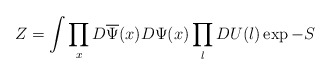
\begin{align*}Z = \int \prod_{x}D\overline{\Psi}(x)D\Psi(x)\prod_{l}DU(l)\exp-S\end{align*}